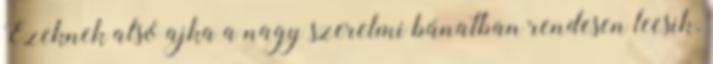
Ezeknek alsó ajka a nagy szerelmi bánatban rendesen leesik.